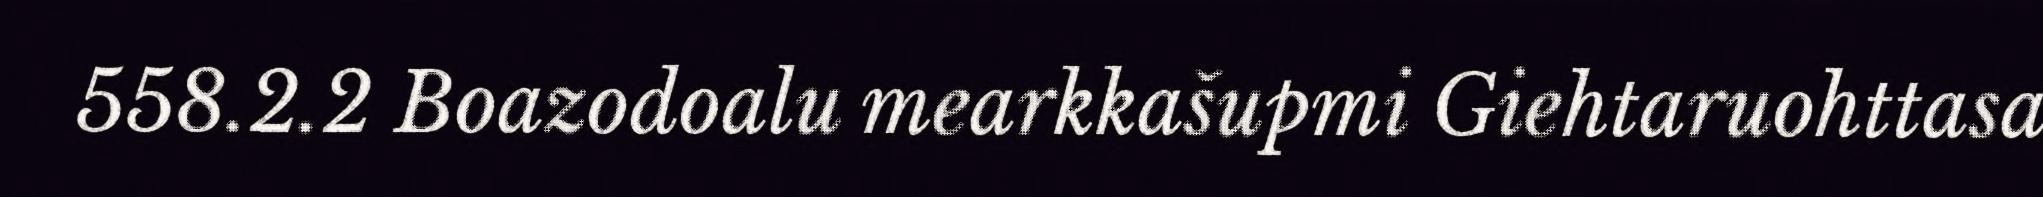
558.2.2 Boazodoalu mearkkašupmi Giehtaruohttasa